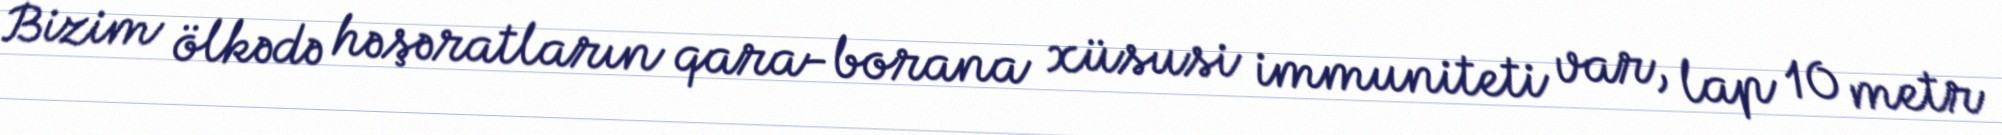
Bizim ölkədə həşəratların qara-borana xüsusi immuniteti var, lap 10 metr